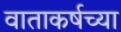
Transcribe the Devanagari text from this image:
वाताकर्षच्या